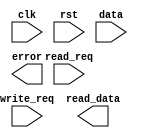
module AXI_Controller (
    input wire clk,
    input wire rst,
    input wire read_req,
    input wire write_req,
    input wire [31:0] data,
    output reg [31:0] read_data,
    output reg error
);

reg [1:0] state;
reg [1:0] next_state;

parameter IDLE = 2'b00;
parameter READ = 2'b01;
parameter WRITE = 2'b10;

always @(posedge clk, posedge rst)
begin
    if (rst)
        state <= IDLE;
    else
        state <= next_state;
end

always @*
begin
    case (state)
        IDLE: begin
            if (read_req)
                next_state = READ;
            else if (write_req)
                next_state = WRITE;
            else
                next_state = IDLE;
        end
        READ: begin
            // Read operation control logic
            // Example: read_data <= read_from_memory();
            next_state = IDLE;
        end
        WRITE: begin
            // Write operation control logic
            // Example: write_to_memory(data);
            next_state = IDLE;
        end
        default:
            next_state = IDLE;
    endcase
end

endmodule